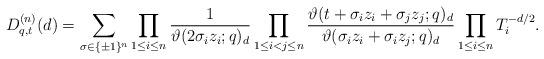
LaTeX: \begin{gather*} D^{(n)}_{q,t}(d) =\sum_{\sigma\in \{\pm 1\}^n}\prod_{1\le i\le n} \frac{1} {\vartheta(2\sigma_i z_i;q)_d}\prod_{1\le i<j\le n} \frac{\vartheta(t+\sigma_i z_i+\sigma_j z_j;q)_d} {\vartheta(\sigma_i z_i+\sigma_i z_j;q)_d}\prod_{1\le i\le n} T_i^{-d/2}.\end{gather*}